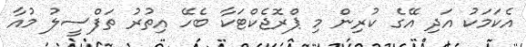
އެކަމަކު އަދި އޭގެ ކުރިން މި ޕްރޮޖެކްޓަކާ ބެހޭ އިތުރު ތަފްސީލު މުއާ